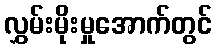
လွှမ်းမိုးမှုအောက်တွင်